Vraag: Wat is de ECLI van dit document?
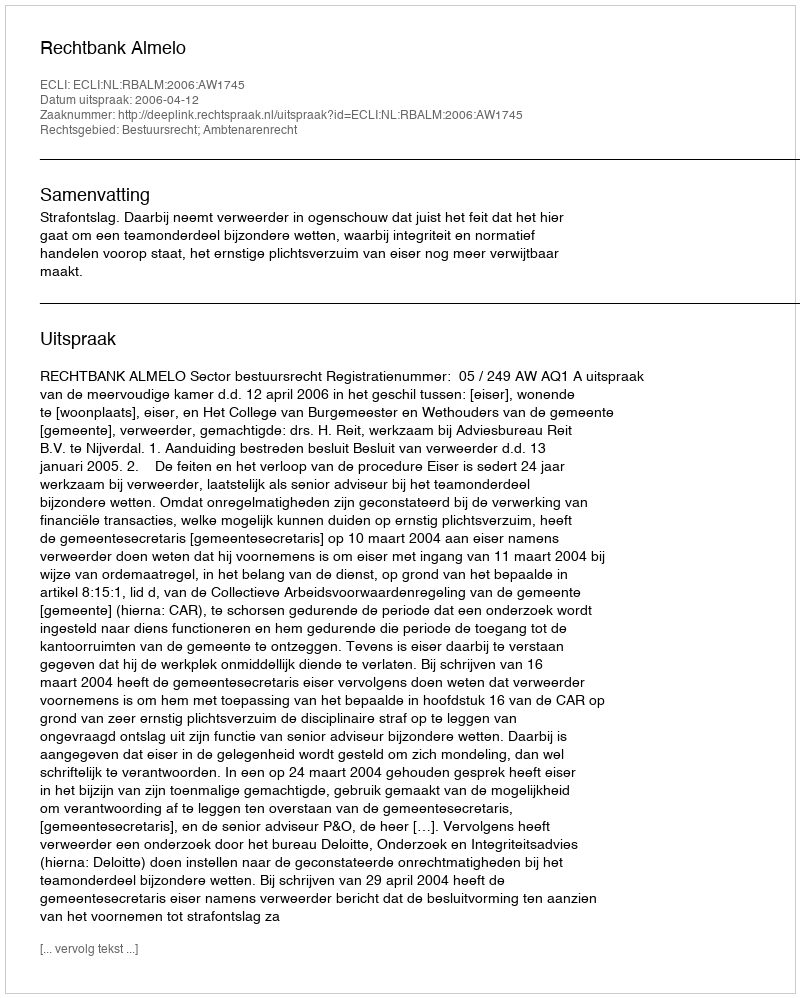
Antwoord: ECLI:NL:RBALM:2006:AW1745